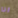
انا